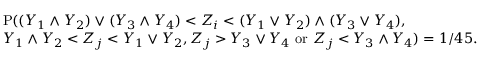
\begin{array} { r l } & { { \mathrm P } ( ( Y _ { 1 } \wedge Y _ { 2 } ) \vee ( Y _ { 3 } \wedge Y _ { 4 } ) < Z _ { i } < ( Y _ { 1 } \vee Y _ { 2 } ) \wedge ( Y _ { 3 } \vee Y _ { 4 } ) , } \\ & { Y _ { 1 } \wedge Y _ { 2 } < Z _ { j } < Y _ { 1 } \vee Y _ { 2 } , Z _ { j } > Y _ { 3 } \vee Y _ { 4 } ~ \mathrm { o r } ~ Z _ { j } < Y _ { 3 } \wedge Y _ { 4 } ) = 1 / 4 5 . } \end{array}